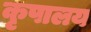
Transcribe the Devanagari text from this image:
कृपालय